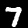
Digit: 7